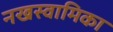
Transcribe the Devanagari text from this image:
नखस्वामिका